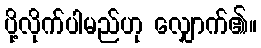
ပို့လိုက်ပါမည်ဟု လျှောက်၏။